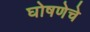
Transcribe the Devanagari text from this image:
घोषणेचे